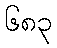
၆၈၃